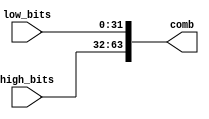
`timescale 1ns / 1ps
//////////////////////////////////////////////////////////////////////////////////
// Company: 
// Engineer: 
// 
// Design Name: 
// Module Name: unif_64_bits
// Project Name: 
// Target Devices: 
// Tool Versions: 
// Description: 
// 
// Dependencies: 
// 
// Revision:
// Revision 0.01 - File Created
// Additional Comments:
// 
//////////////////////////////////////////////////////////////////////////////////


module unif_64_bits(
    input [31:0] low_bits,
    input [31:0] high_bits,
    output [63:0] comb
    );
    assign comb[31:0]=low_bits;
    assign comb[63:32]=high_bits;
endmodule